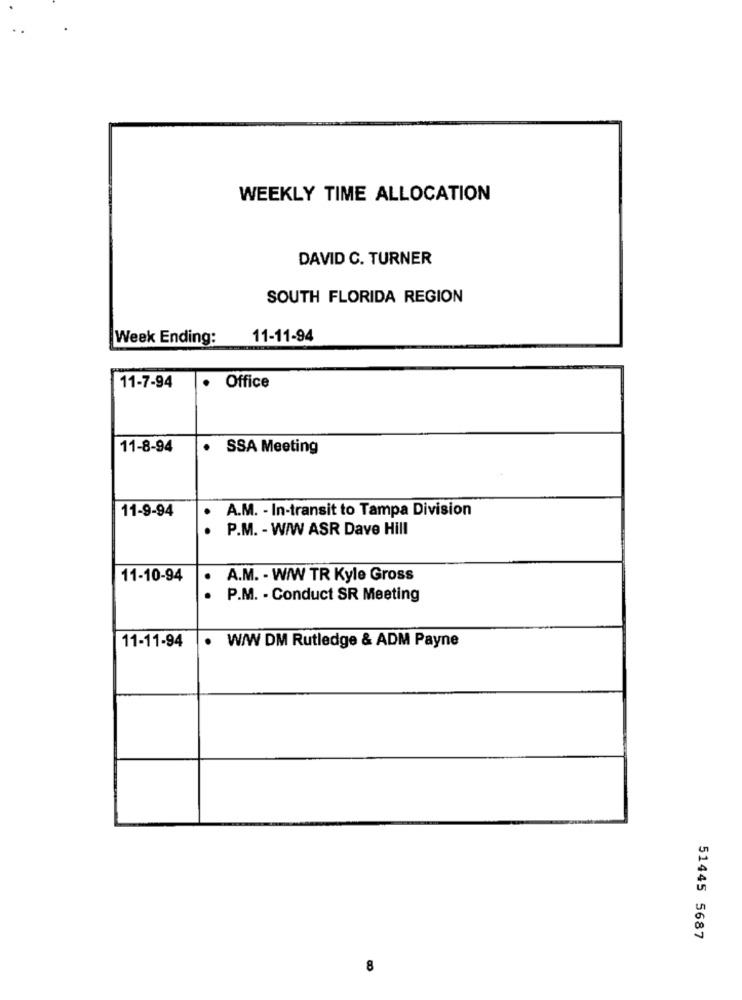
WEEKLY TIME ALLOCATION
DAVID C. TURNER
SOUTH FLORIDA REGION
Week Ending:
11-11-94
11-7-94
.
Office
11-8-94
.
SSA Meeting
11-9-94
A.M. - In-transit to Tampa Division
. .
P.M. - W/W ASR Dave Hill
11-10-94
A.M. - W/W TR Kyle Gross
..
P.M. - Conduct SR Meeting
11-11-94
.
W/W DM Rutledge & ADM Payne
51445 5687
8